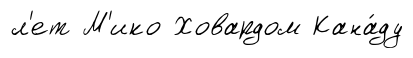
л'ет М'ико Ховардом Кана́ду